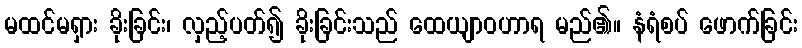
မထင်မရှား ခိုးခြင်း၊ လှည့်ပတ်၍ ခိုးခြင်းသည် ထေယျာဝဟာရ မည်၏။ နံရံစပ် ဖောက်ခြင်း